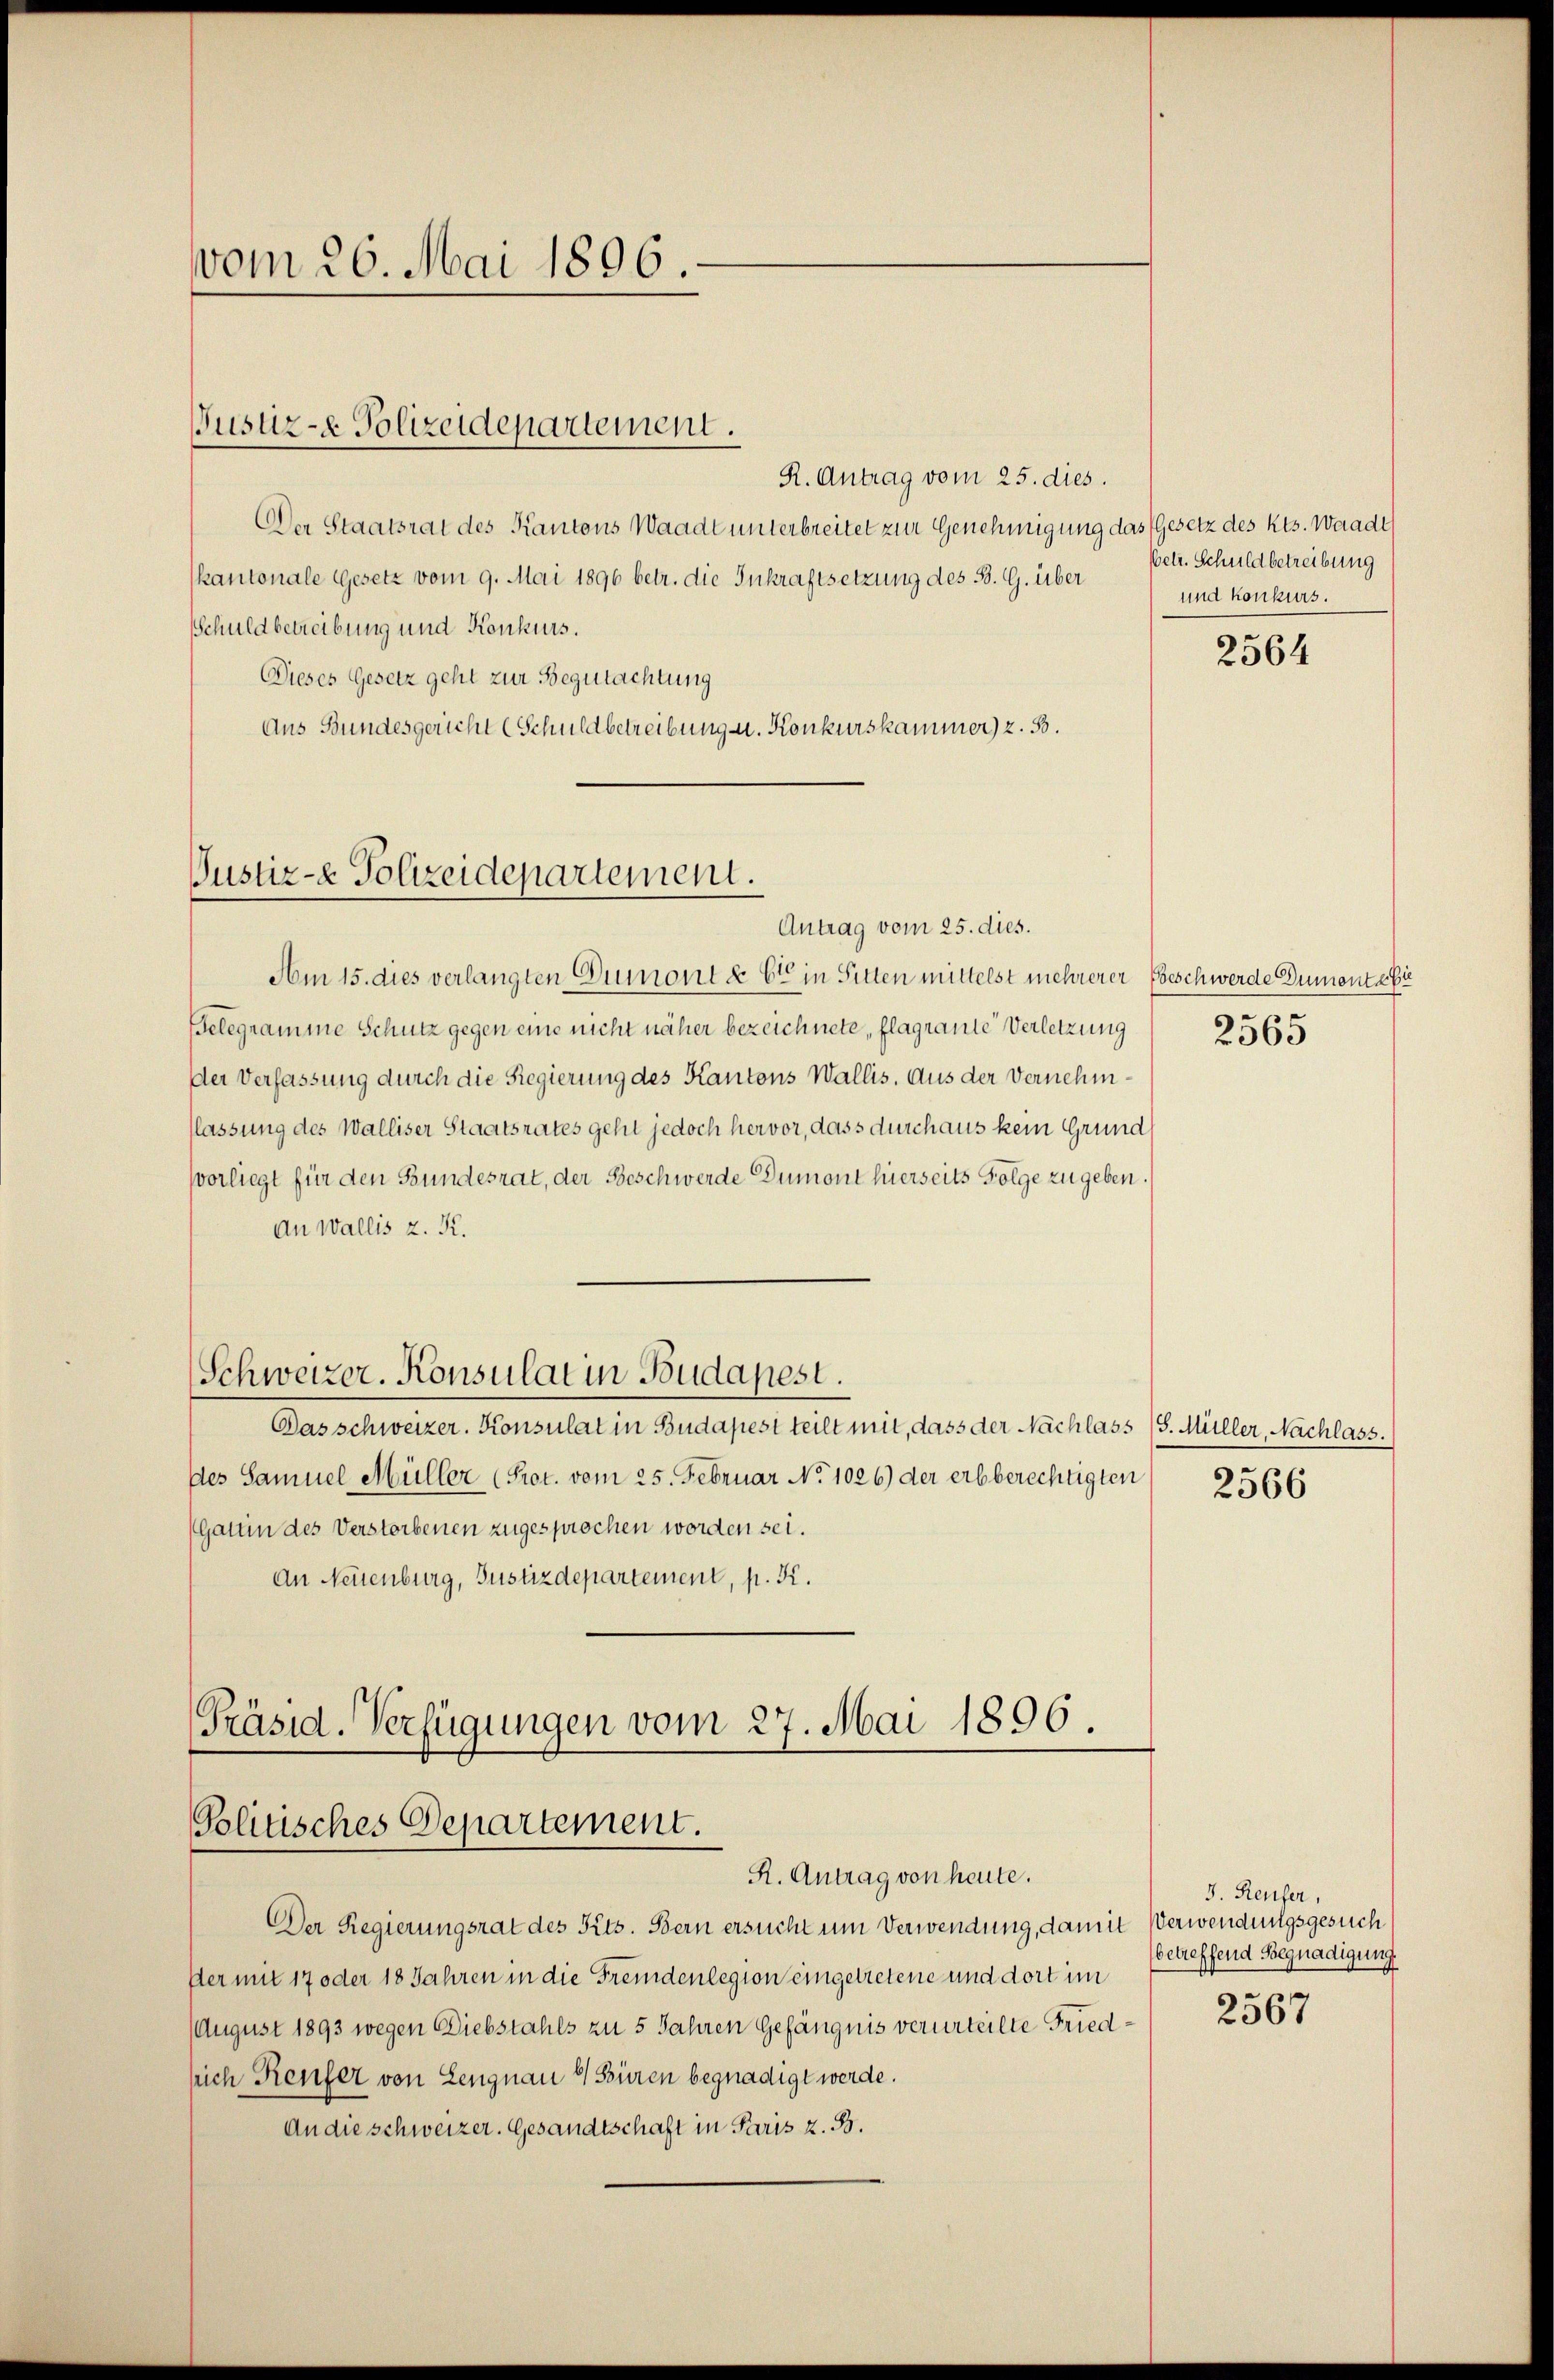
vom 26. Mai 1896.

Justiz-e Polizeidepartement.

R. Antrag vom 25. dies.
Der Staatsrat des Kantons Waadt unterbreitet zur Genehmigung das Gesetz des Kts. Waadt
kantonale Gesetz vom 9. Mai 1896 betr. die Inkraftsetzung des B. G. über
Schuldbetreibung und Konkurs.
Dieses Gesetz geht zur Begutachtung
Aus Bundesgericht (Schuldbetreibung u. Konkurskammer) z. B.

Justiz- & Polizeidepartement.
Antrag vom 25. dies.

Am 15. dies verlangten Dumont à 6ten in Sitten mittelst mehrerer Beschwerde Dumontali
Belegramme Schutz gegen eine nicht näher bezeichnete, flagrante Verletzung
Der Verfassung durch die Regierung des Kantons Wallis. Aus der Vernehmflassung des Walliser Staatsrates geht jedoch hervor, dass durchaus kein Grundvorliegt für den Bundesrat, der Beschwerde Dumont hierseits Folge zu geben.
An Wallis z. K.
Schweizer. Konsulat in Budapest.
Das schweizer. Konsulat in Budapest teilt mit, dass der Nachlass (S. Müller, Nachlass.
des Samuel Müller (Prot. vom 25. Februar No 1026) der erbberechtigten 2566
(Gatum des Verstorbenen zugesprochen worden sei.
An Neuenburg, Justizdepartement, p. K.

Präsid. Verfügungen vom 27. Mai 1896.
Politisches Departement.
R. Antrag von heute.

Der Regierungsrat des Ritt. Bern ersucht um Verwendung, damit Verwendungsgesuch
Iter mit 17 oder 18 Jahren in die Fremdenlegion eingetretene und dort im
August 1893 wegen Diebstahls zu 5 Jahren Gefängnis verurteilte Friedsich Reufer von Lengnau & Büren begnadigt werde.
An die schweizer. Gesandtschaft in Paris z. B.

betr. Schuldbetreibung
und konkurs.

2564

2565

J. Reufer,
betreffend Begnadigung

2567